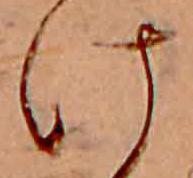
け